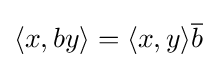
{\textstyle \langle x,by\rangle =\langle x,y\rangle {\overline {b}}}